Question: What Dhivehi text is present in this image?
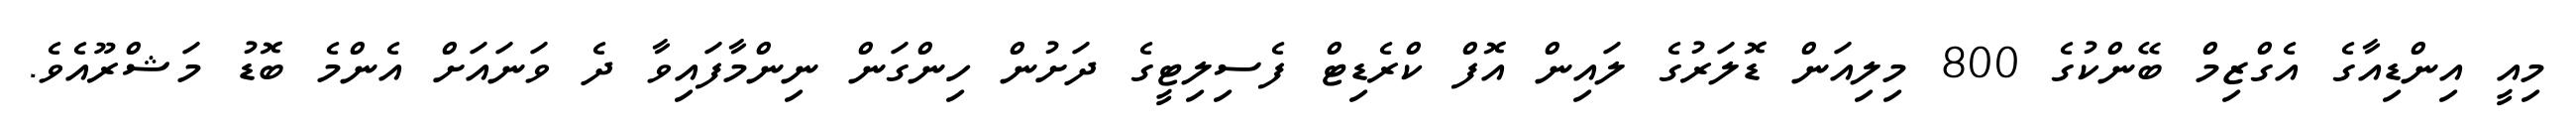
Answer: މިއީ އިންޑިއާގެ އެގްޒިމް ބޭންކުގެ 800 މިލިއަން ޑޮލަރުގެ ލައިން އޮފް ކްރެޑިޓް ފެސިލިޓީގެ ދަށުން ހިންގަން ނިންމާފައިވާ ދެ ވަނައަށް އެންމެ ބޮޑު މަޝްރޫއެވެ.